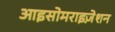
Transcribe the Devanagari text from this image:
आइसोमराइज़ेशन